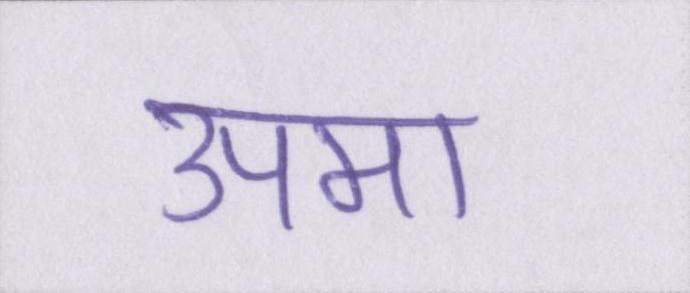
उपमा